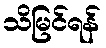
သိမြင်ရန်